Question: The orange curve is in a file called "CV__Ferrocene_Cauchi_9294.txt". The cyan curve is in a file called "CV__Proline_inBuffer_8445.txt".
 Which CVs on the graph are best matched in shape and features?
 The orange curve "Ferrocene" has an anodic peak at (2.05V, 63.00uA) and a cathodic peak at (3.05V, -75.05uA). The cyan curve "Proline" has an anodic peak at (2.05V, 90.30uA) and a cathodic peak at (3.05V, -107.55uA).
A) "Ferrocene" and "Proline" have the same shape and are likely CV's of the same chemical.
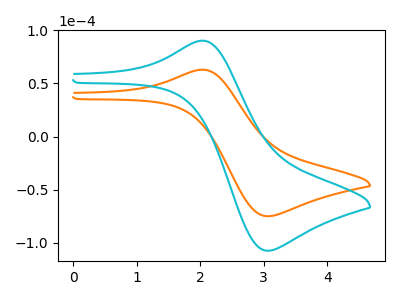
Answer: <think>All the peaks in "Ferrocene" have a peak in "Proline" at the same potential. Every peak in "Ferrocene" is lower than every peak in "Proline".
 </think>
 <answer>A) "Ferrocene" and "Proline" have the same shape and are likely CV's of the same chemical.</answer>
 <eval>A</eval>